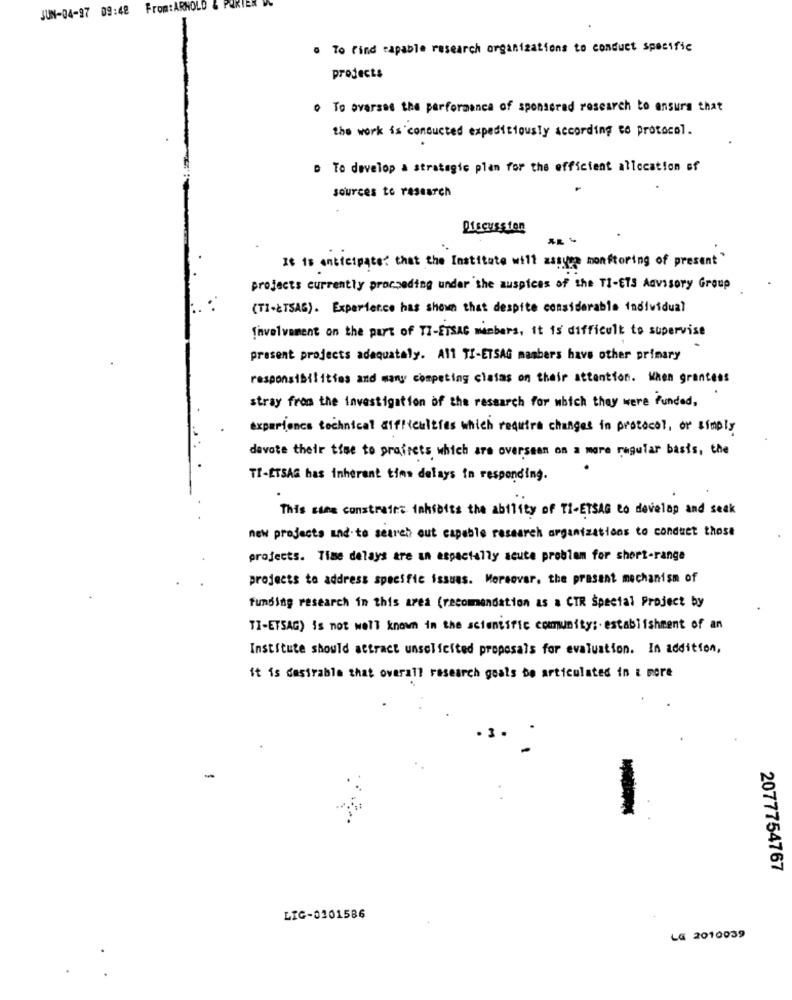
JUN-04-97 09:42 From:ARNOLD & PORIEN
. To find capable research organizations to conduct specific
projects
o To ovarsee the performance of sponsored research to ensure that
the work is conducted expeditiousTy according to protocol.
> To develop a strategic plan for the efficient allocation of
sources to research
Discussten
It is anticipate? that the Institute will assume monitoring of present"
projects currently procseding under the auspicas of the TI-ETS Advisory Group
(TI -¿ TSAG). Experience has shown that despite considerable individual
Involvement on the part of TI-ETSAC members, it is difficult to supervise
prasent projects adequately. All TI-ETSAG mambers have other primary
responsibilities and many competing clases on their attention. When grantees
stray from the investigation of the research for which they were funded ,
experience technical difficulties which require changes in protocol, or simply
davate their time to prafrets which are overseen on a more regular basis, the
TI-ETSAG has inherent time delays in responding.
This same constraint inksoits the ability of TI-ETSAG to develop and seek
new projects and.to search out capable research organizations to conduct those
projects. Time delays are an especially acute problem for short-range
projects to address specific issues. Moreover, the prasent mechanism of
funding research in this area (recommendation as a CTR Special Project by
TI-ETSAG) is not well known in the scientific community :. establishment of an
Institute should attract unsolicited proposals for evaluation. In addition,
it is desirable that overall research goals bo articulated in & more
-
2077754767
LIG-0201586
LG 2010039